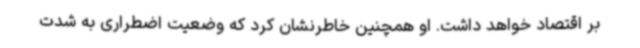
بر اقتصاد خواهد داشت. او همچنین خاطرنشان کرد که وضعیت اضطراری به شدت